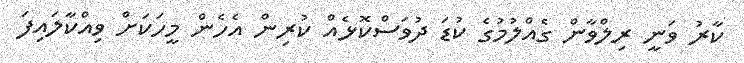
ކާރު ވަނީ ރިލްވާން ގެއްލުމުގެ ކުޑަ ދުވަސްކޮޅެއް ކުރިން އެހެން މީހަކަށް ވިއްކާލައިފަ